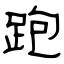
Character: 跑